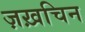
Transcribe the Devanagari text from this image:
ज़ख़चिन